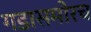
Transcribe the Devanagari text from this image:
गडासमोरच